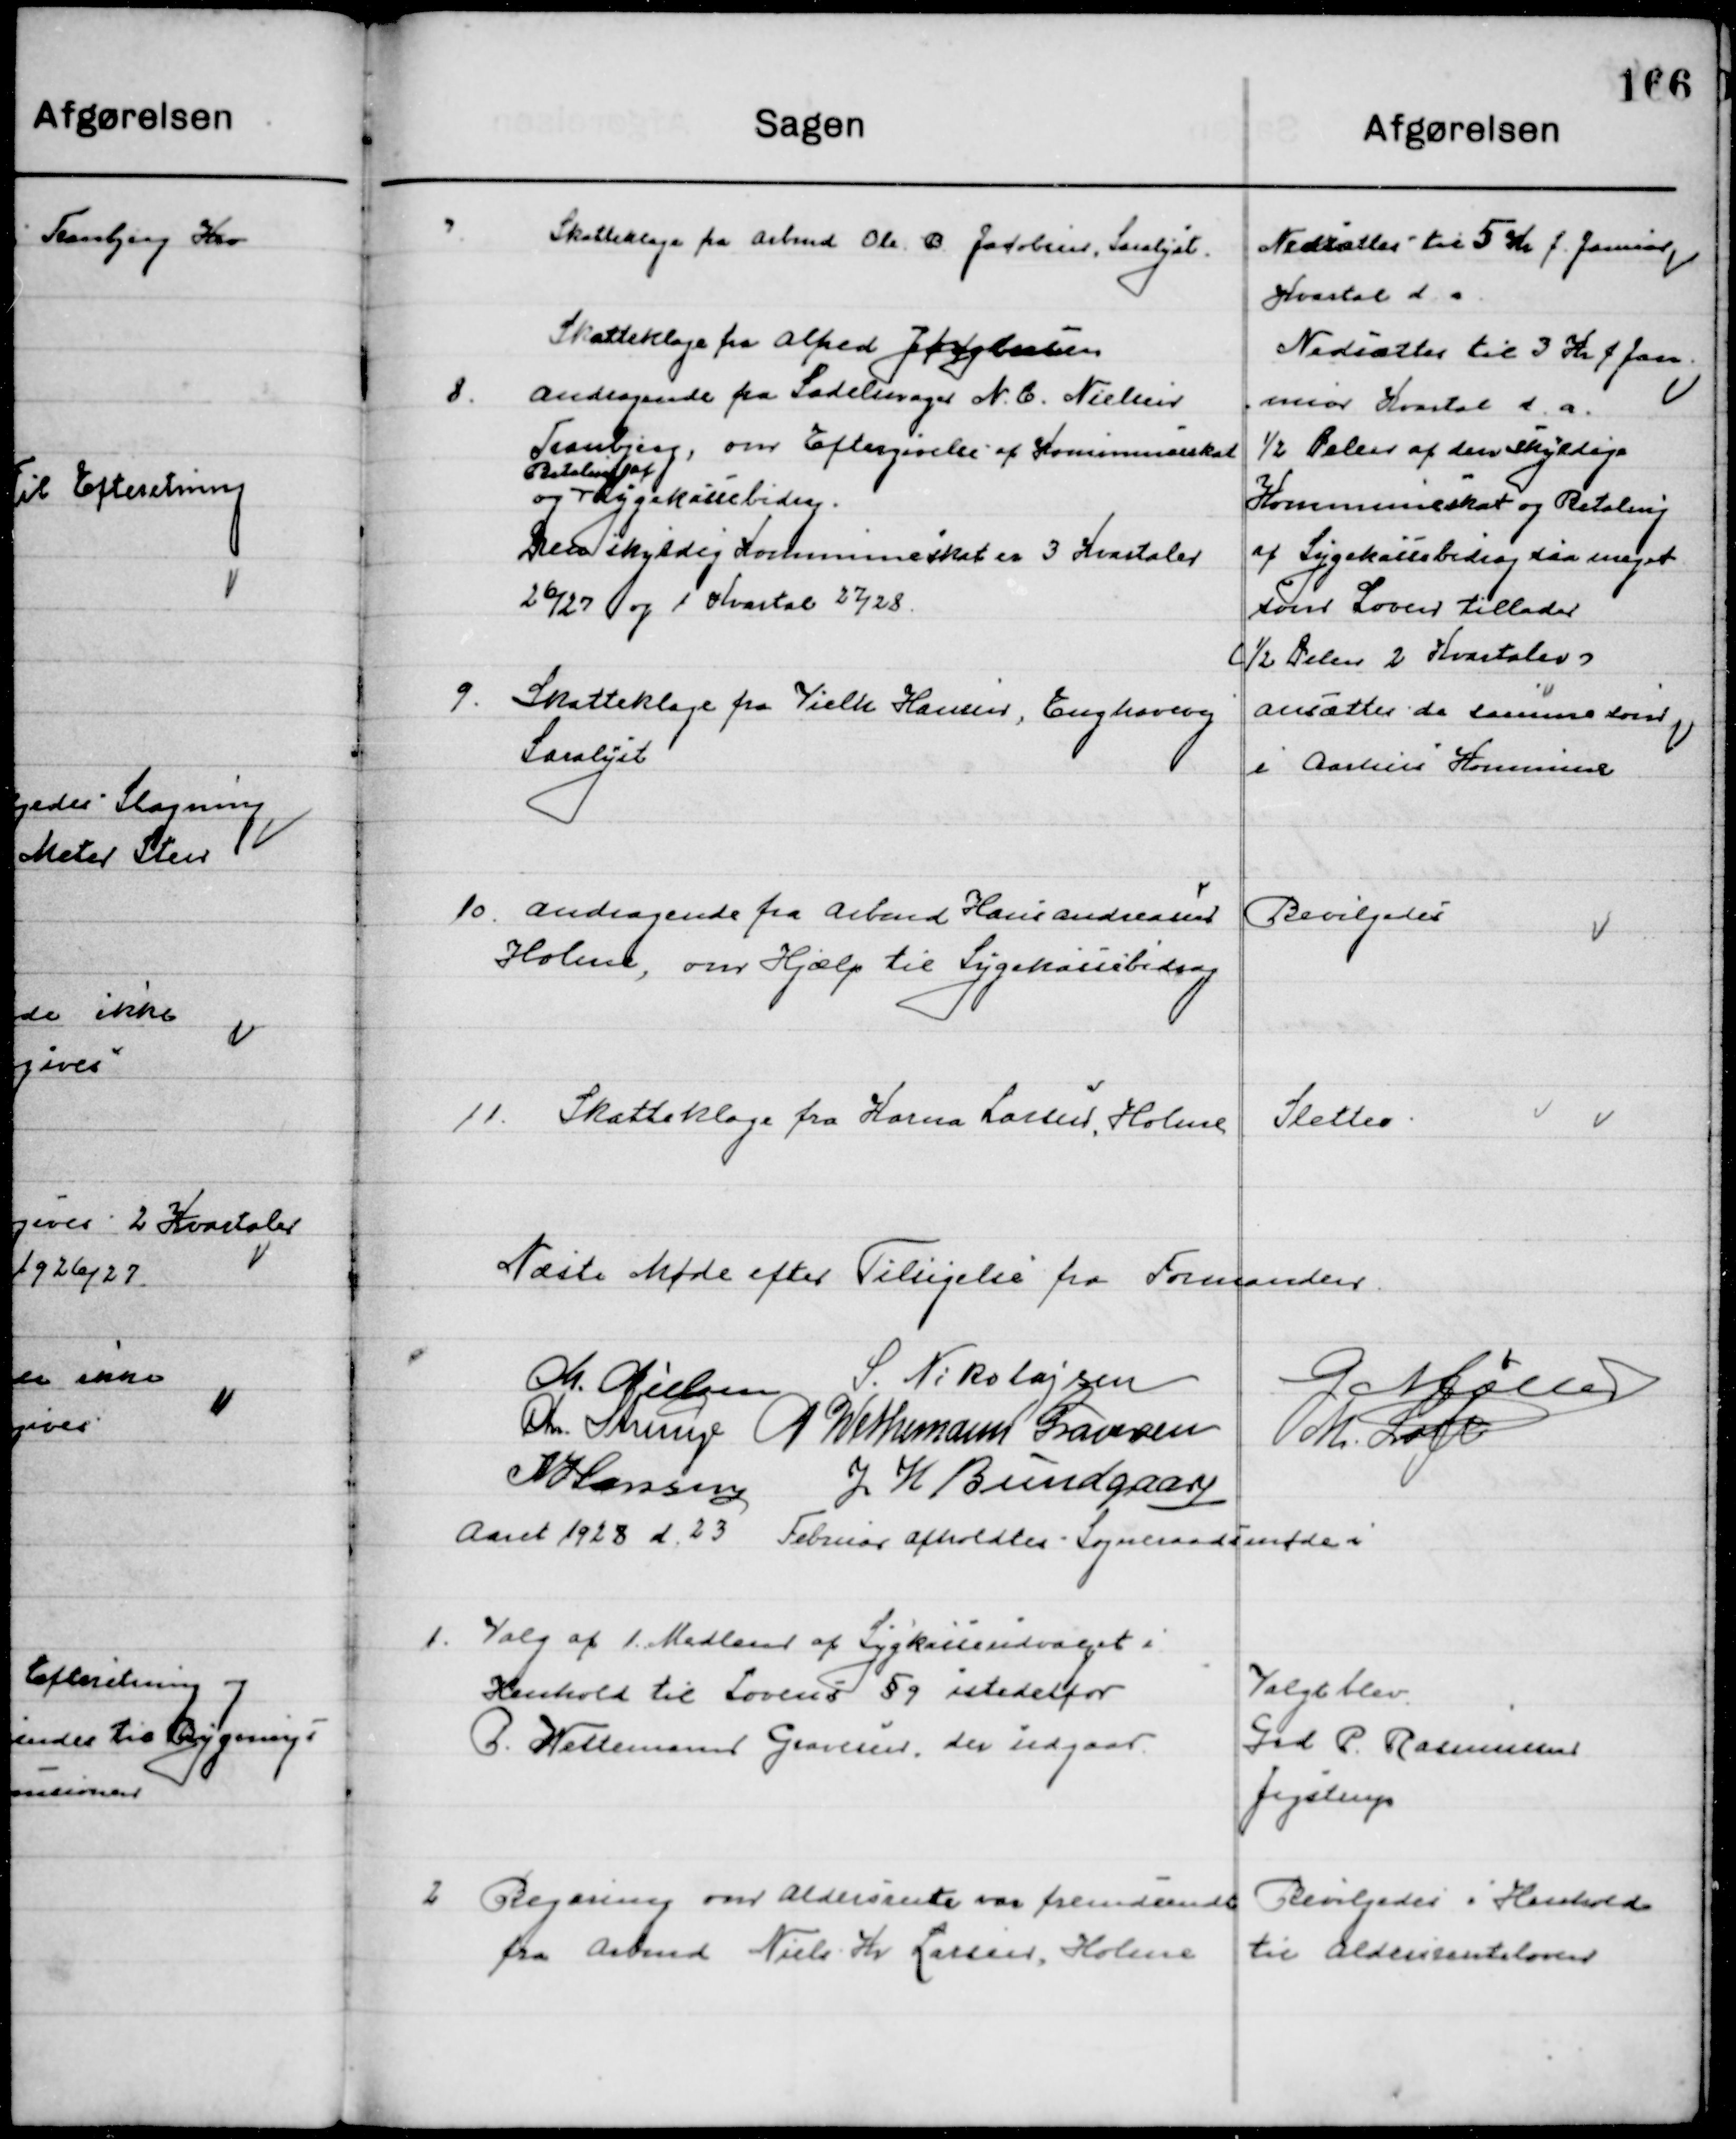
Transskription:
7

Skatteklage fra Arbmd. Ole B. Jacobsen, Saralyst.

Nedsættes til 5 Kr. f. Januar
Kvartal d. a.

Skatteklage fra Alfred Jakobsen

Nedsættes til 3 Kr. f. Ja-
nuar Kvartal d. a.

8

Andragende fra Sadelmager N. C. Nielsen
Tranbjerg, om Eftergivelse af Kommuneskat
og 
Betaling af
Sygekassebidrag
Den skyldige Kommuneskat er 3 Kvartaler
26/27 og 1 Kvartal 27/28

½ Delen af den skyldige
Kommuneskat og Betaling
af Sygekassebidrag som meget
som loven tillader 
(½ delen 2 Kvartaler)

9

Skatteklage fra Vielk Hansen, Enghavevej
Saralyst.

Ansættes de samme som 
i Aarhus Kommune

10

Andragende fra Arbmd. Hans Andersen
Holme, om Hjælp til Sygekassebidrag

Bevilgedes

11

Skatteklage fra Karma Larsen, Holme

Slettes

Næste Møde efter Tilsigelse fra Formanden

M. Nielsen
S. Nikolajsen
G. Møller
Chr. Strunge
P. Wethemann Graversen
M. Loft
N. Hansen
J. H. Bundgaard

Aaret 1928 d. 23 Februar afholdtes Sogneraadsmøde i

1

Valg af 1 Medlem af Sygekasseudvalget i
Henhold til Loven § 9 istedetfor
P. Wettemand Graversen, der Udgaar

Valgt blev
Grd. P. Rasmussen
Jegstrup

2

Beregning om Aldersrente var fremsendt
fra Arbmd. Niels Kr. Larsen Holme

Bevilgedes i Henhold 
til Aldersrenteloven